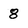
Character: 8